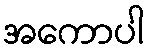
အကောပါ